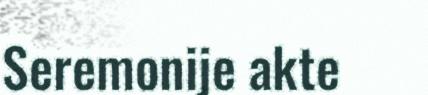
Seremonije akte